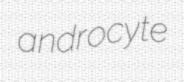
androcyte